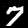
Digit: 7